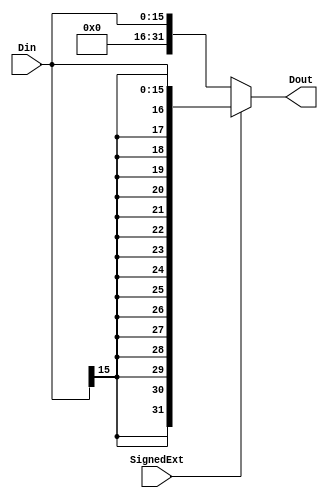
`timescale 1ns / 1ps
//////////////////////////////////////////////////////////////////////////////////
// Company: 
// Engineer: 
// 
// Design Name: 
// Module Name: Extender
// Project Name: 
// Target Devices: 
// Tool Versions: 
// Description: 
// 
// Dependencies: 
// 
// Revision:
// Revision 0.01 - File Created
// Additional Comments:
// 
//////////////////////////////////////////////////////////////////////////////////


module Extender(SignedExt, Din, Dout);
    input SignedExt;
    input[15:0] Din;
    output reg[31:0] Dout;
    initial begin
        Dout <= 0;
    end
    always@(*)begin
        if(SignedExt == 1'b1)Dout = {{16{Din[15]}}, Din};
        else Dout = {16'b0, Din};
    end
endmodule